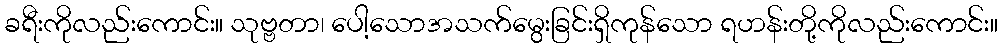
ခရီးကိုလည်းကောင်း။ သုဗ္ဗတာ၊ ပေါ့သောအသက်မွေးခြင်းရှိကုန်သော ရဟန်းတို့ကိုလည်းကောင်း။